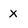
Character: x